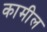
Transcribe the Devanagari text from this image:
कामील